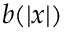
b ( \left\vert x \right\vert )